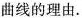
曲线的理由.